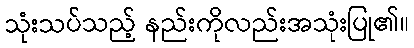
သုံးသပ်သည့် နည်းကိုလည်းအသုံးပြု၏။